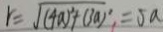
\gamma = \sqrt { ( 4 a ) ^ { 2 } + ( 3 a ) ^ { 2 } } = 5 a